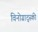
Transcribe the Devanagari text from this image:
विनोग्राद्स्की